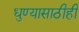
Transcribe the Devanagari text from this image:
धुण्यासाठीही